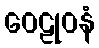
ဝေဠုဝနံ